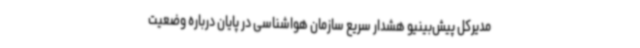
مدیرکل پیش‌بینیو هشدار سریع سازمان هواشناسی در پایان درباره وضعیت